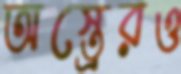
অস্ত্রেরও